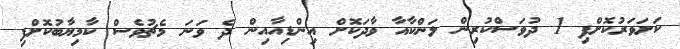
ކަށަވަރުކޮށްފި 1 ދުވަަސްކުރިން ލަންކާއާ ވާދަކޮށް އިންޑިއާއިން ދެ ވަނަ މެޗުވެސް ކާމިޔާބުކޮށްފި